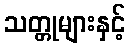
သတ္တုများနှင့်